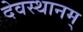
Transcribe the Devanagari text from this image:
देवस्थानम्